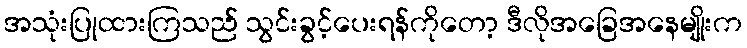
အသုံးပြုထားကြသည် သွင်းခွင့်ပေးရန်ကိုတော့ ဒီလိုအခြေအနေမျိုးက